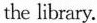
the library.